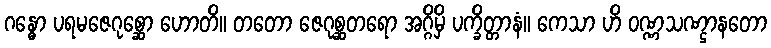
ဂန္ဓော ပရမဇေဂုစ္ဆော ဟောတိ။ တတော ဇေဂုစ္ဆတရော အဂ္ဂိမှိ ပက္ခိတ္တာနံ။ ကေသာ ဟိ ဝဏ္ဏသဏ္ဌာနတော